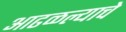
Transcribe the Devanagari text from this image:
आढळल्याचे